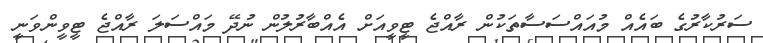
ސަރުކާރުގެ ބައެއް މުއައްސަސާތަކުން ރާއްޖެ ޓީވީއަށް އެއްބާރުލުން ނުދޭ މައްސަލަ ރާއްޖެ ޓީވީންވަނީ